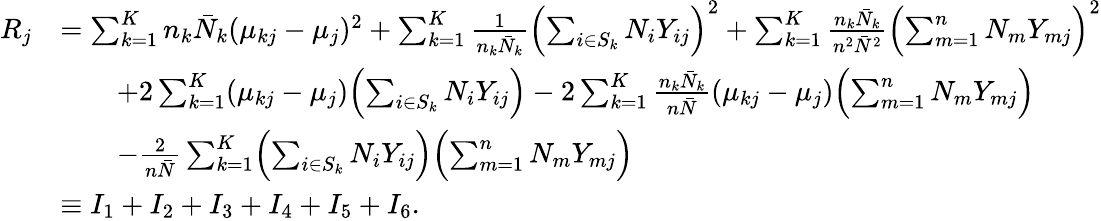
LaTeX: \begin{array}{rl}{R_{j}}&{=\sum_{k=1}^{K}n_{k}\bar{N}_{k}(\mu_{kj}-\mu_{j})^{2}+\sum_{k=1}^{K}\frac{1}{n_{k}\bar{N}_{k}}\Bigl(\sum_{i\in S_{k}}N_{i}Y_{ij}\Bigr)^{2}+\sum_{k=1}^{K}\frac{n_{k}\bar{N}_{k}}{n^{2}\bar{N}^{2}}\Bigl(\sum_{m=1}^{n}N_{m}Y_{mj}\Bigr)^{2}}\\ &{\qquad+2\sum_{k=1}^{K}(\mu_{kj}-\mu_{j})\Bigl(\sum_{i\in S_{k}}N_{i}Y_{ij}\Bigr)-2\sum_{k=1}^{K}\frac{n_{k}\bar{N}_{k}}{n\bar{N}}(\mu_{kj}-\mu_{j})\Bigl(\sum_{m=1}^{n}N_{m}Y_{mj}\Bigr)}\\ &{\qquad-\frac{2}{n\bar{N}}\sum_{k=1}^{K}\Bigl(\sum_{i\in S_{k}}N_{i}Y_{ij}\Bigr)\Bigl(\sum_{m=1}^{n}N_{m}Y_{mj}\Bigr)}\\ &{\equiv I_{1}+I_{2}+I_{3}+I_{4}+I_{5}+I_{6}.}\end{array}